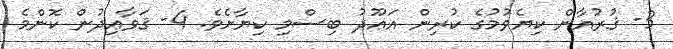
3- ޤުރުއާން ކިޔެވުމުގެ ކުރިން އަޢޫޛު ބިސްމި ކިޔާށެވެ. 4- ޤަވާޢިދުން ކޮންމެ